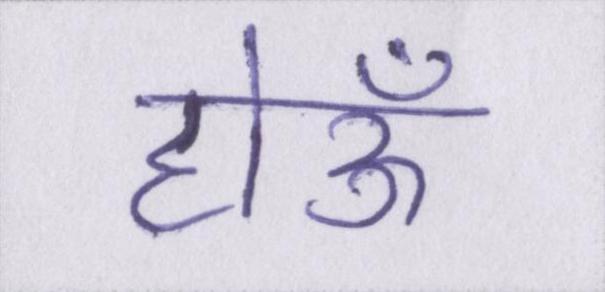
होऊँ